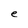
Character: e